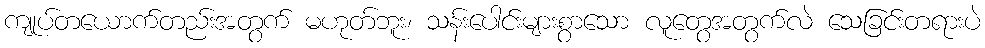
ကျုပ်တယောက်တည်းအတွက် မဟုတ်ဘူး၊ သန်းပေါင်းများစွာသော လူတွေအတွက်လဲ သေခြင်းတရားပဲ